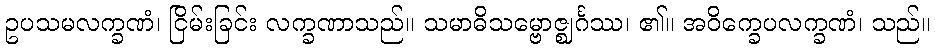
ဥပသမလက္ခဏံ၊ ငြိမ်းခြင်း လက္ခဏာသည်။ သမာဓိသမ္ဗောဇ္ဈင်္ဂဿ၊ ၏။ အဝိက္ခေပလက္ခဏံ၊ သည်။